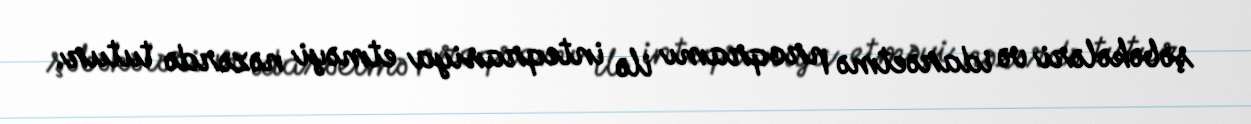
şəbəkələri və idarəetmə proqramı ilə inteqrasiya etməyi nəzərdə tutur.